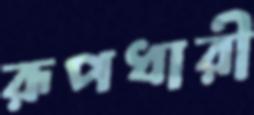
রূপধারী